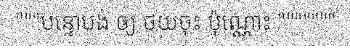
"""បន្ទោបង់ ឲ្យ ថយចុះ ប៉ុណ្ណោះ """""""